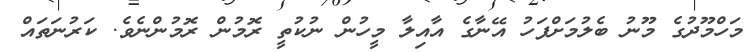
މަހްމޫދުގެ މޫނު ބެލުމަށްފަހު އޭނާގެ އާއިލާ މީހުން ނުކުތީ ރޮމުން ރޮމުންނެވެ. ކަރުނަތައް